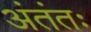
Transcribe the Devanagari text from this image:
अंतंतः